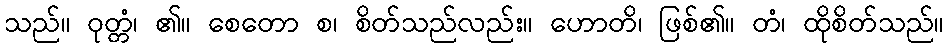
သည်။ ဝုတ္တံ၊ ၏။ စေတော စ၊ စိတ်သည်လည်း။ ဟောတိ၊ ဖြစ်၏။ တံ၊ ထိုစိတ်သည်။